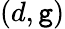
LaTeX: (d,\mathtt{g})